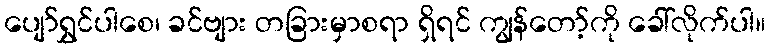
ပျော်ရွှင်ပါစေ၊ ခင်ဗျား တခြားမှာစရာ ရှိရင် ကျွန်တော့်ကို ခေါ်လိုက်ပါ။